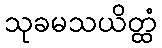
သုခမသယိတ္ထံ